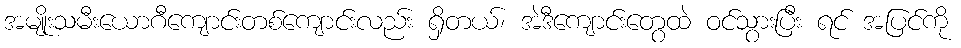
အမျိုးသမီးယောဂီကျောင်းတစ်ကျောင်းလည်း ရှိတယ်၊ အဲဒီကျောင်းတွေထဲ ဝင်သွားပြီး ရင် အပြင်ကို